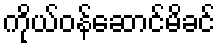
ကိုယ်ဝန်ဆောင်မိခင်